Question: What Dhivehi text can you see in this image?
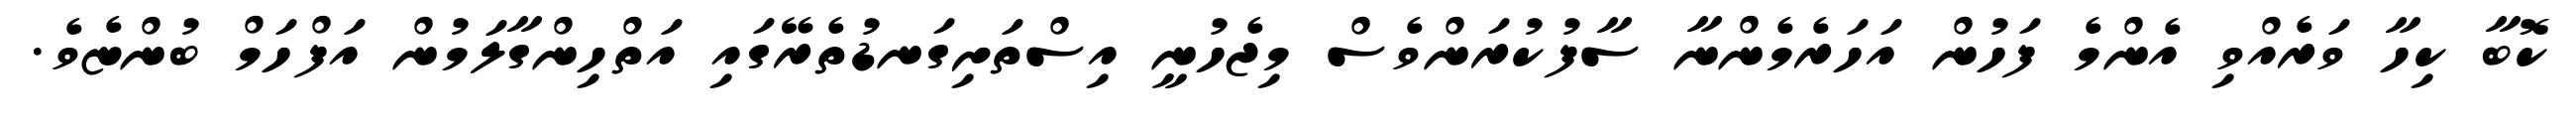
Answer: ކޮބާ ކިހާ ވަރެއްވި އެންމެ ފަހުން އަހަރެމެންނާ ސާފުކުރަންވެސް މިޖެހުނީ އިސްތަށިގަނޑުތެރޭގައި އަތްހިންގާލަމުން އަފްހަމް ބުންޏެވެ.